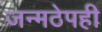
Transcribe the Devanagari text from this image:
जन्मठेपही